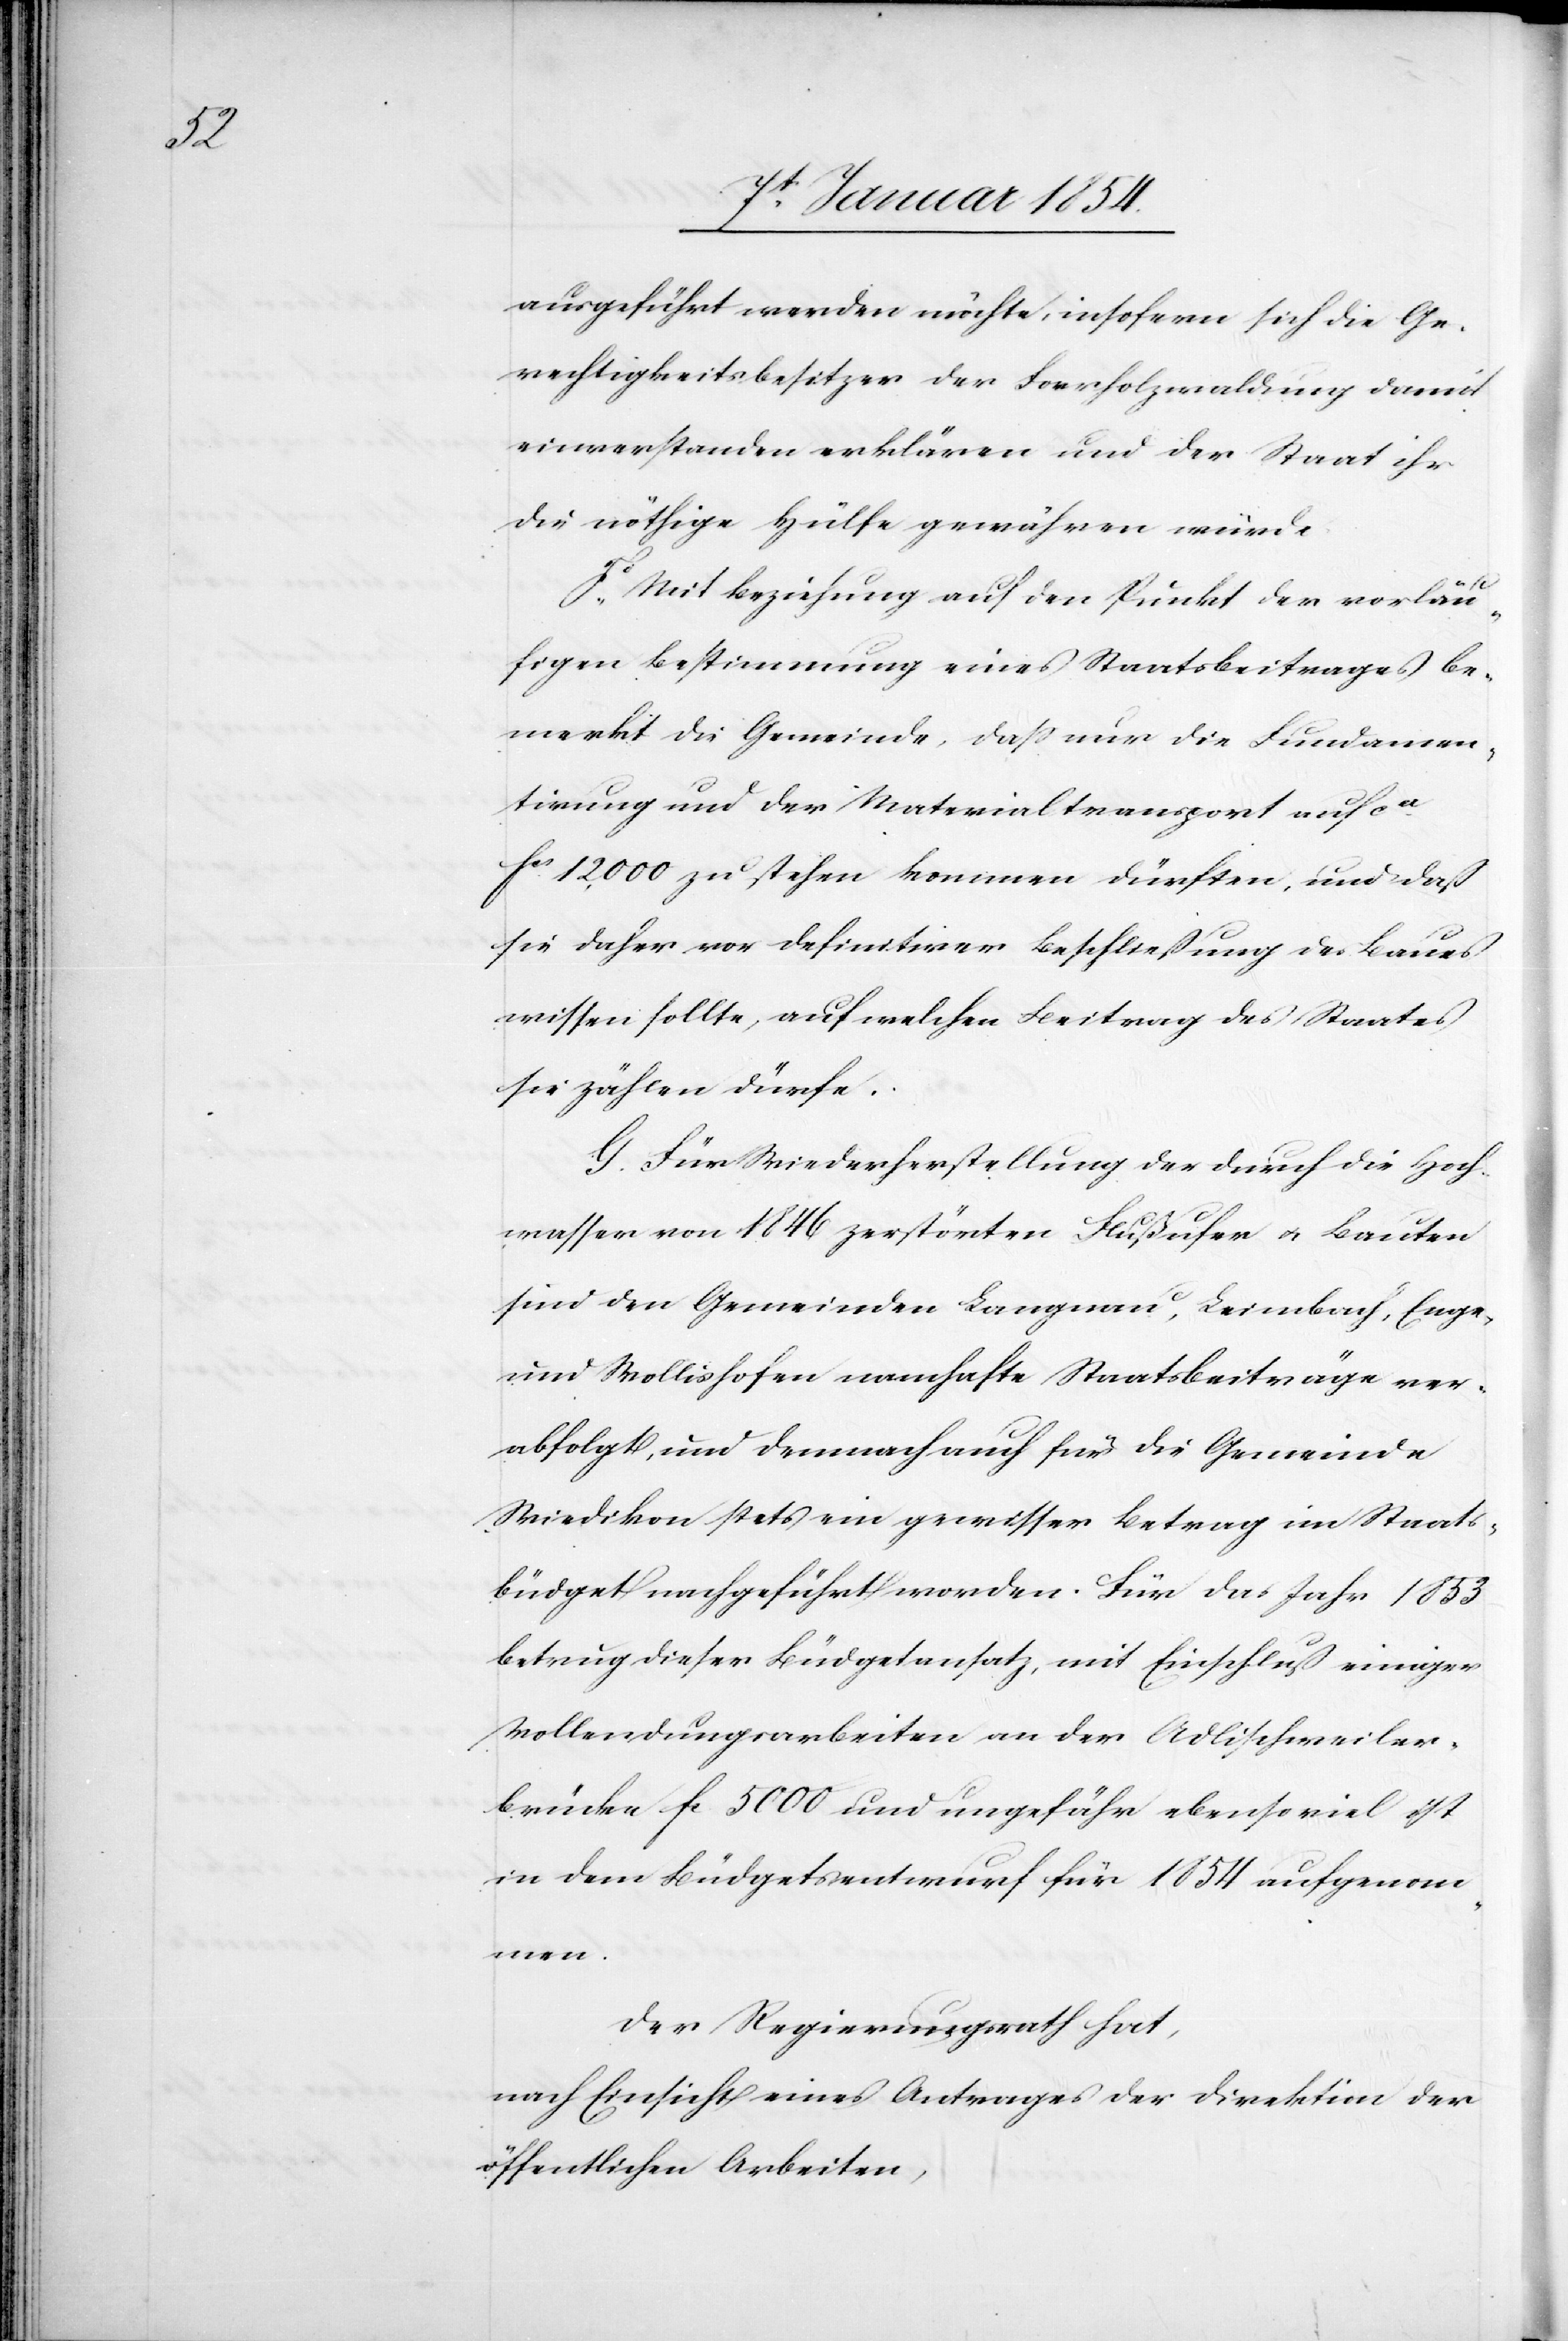
ausgeführt werden möchte, insofern sich die Ge¬
rechtigkeitsbesitzer der Forrholzwaldung damit
einverstanden erklären und der Staat ihr
die nöthige Hülfe gewähren würde.
F. Mit Beziehung auf den Punkt der vorläu¬
figen Bestimmung eines Staatsbeitrages be¬
merkt die Gemeinde, dass nur die Fundamen¬
tirung und der Materialtransport auf ca.
fcs. 12,000 zu stehen kommen dürften, und daß
sie daher vor definitiver Beschließung des Baues
wissen sollte, auf welchen Beitrag des Staates
sie zählen dürfe.
G. Für Wiederherstellung der durch die Hoch¬
wasser von 1846 zerstörten Flußufer u. Bauten
sind den Gemeinden Langnau, Leimbach, Enge,
und Wollishofen namhafte Staatsbeiträge ver¬
abfolgt, und demnach auch für die Gemeinde
Wiedikon stets ein gewisser Betrag im Staats¬
büdget nachgeführt worden. Für das Jahr 1853
betrug dieser Büdgetansatz, mit Einschluß einiger
Vollendungsarbeiten an der Adlischweiler¬
brücke fc 5000 und ungefähr ebenso viel ist
in dem Büdgetsentwurf für 1854 aufgenom¬
men.
Der Regierungsrath hat,
nach Einsicht eines Antrages der Direktion der
öffentlichen Arbeiten,